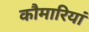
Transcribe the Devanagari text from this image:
कौमारियां